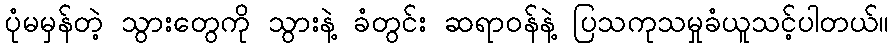
ပုံမမှန်တဲ့ သွားတွေကို သွားနဲ့ ခံတွင်း ဆရာဝန်နဲ့ ပြသကုသမှုခံယူသင့်ပါတယ်။